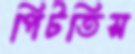
পিটতিস